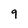
Character: 9